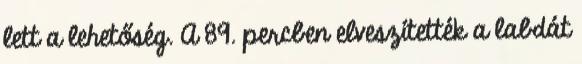
lett a lehetőség. A 89. percben elveszítették a labdát